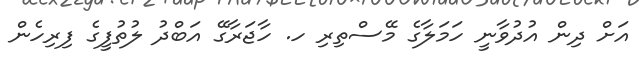
އަށް ދިން އުދުވާނީ ހަމަލާގެ މޭސްތިރި ހ. ހާޖަރާގޭ އަބްދު ލުތުފީގެ ފިރިހެން